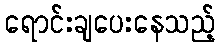
ရောင်းချပေးနေသည့်